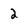
Character: 2